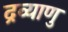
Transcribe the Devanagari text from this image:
द्रव्याणु